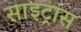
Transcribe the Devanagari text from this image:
साइट्रांस